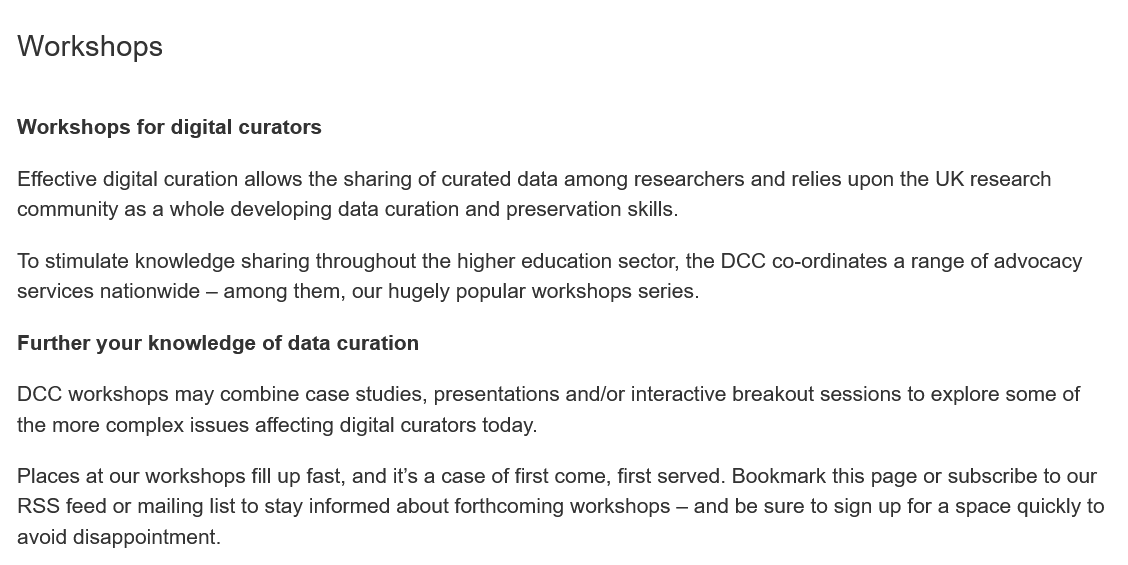
Workshops
  Workshops for digital curators
  Further your knowledge of data curation
  Effective digital curation allows the sharing of curated data among researchers and relies upon the UK research
  community as a whole developing data curation and preservation skills.
  To stimulate knowledge sharing throughout the higher education sector, the DCC co-ordinates a range of advocacy
  services nationwide
     —
     among them, our hugely popular workshops series.
  DCC  workshops may combine case studies, presentations and/or interactive breakout sessions to explore some of
  the more complex issues affecting digital curators today.
  Places at our workshops fill up fast, and it’s a case of first come, first served. Bookmark this page or subscribe to our
  RSS feed or mailing list to stay informed about forthcoming workshops — and be sure to sign up for a space quickly t
  avoid disappointment.